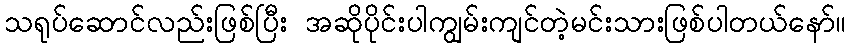
သရုပ်ဆောင်လည်းဖြစ်ပြီး အဆိုပိုင်းပါကျွမ်းကျင်တဲ့မင်းသားဖြစ်ပါတယ်နော်။